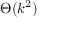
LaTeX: \Theta ( k ^ { 2 } )